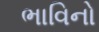
ભાવિનો